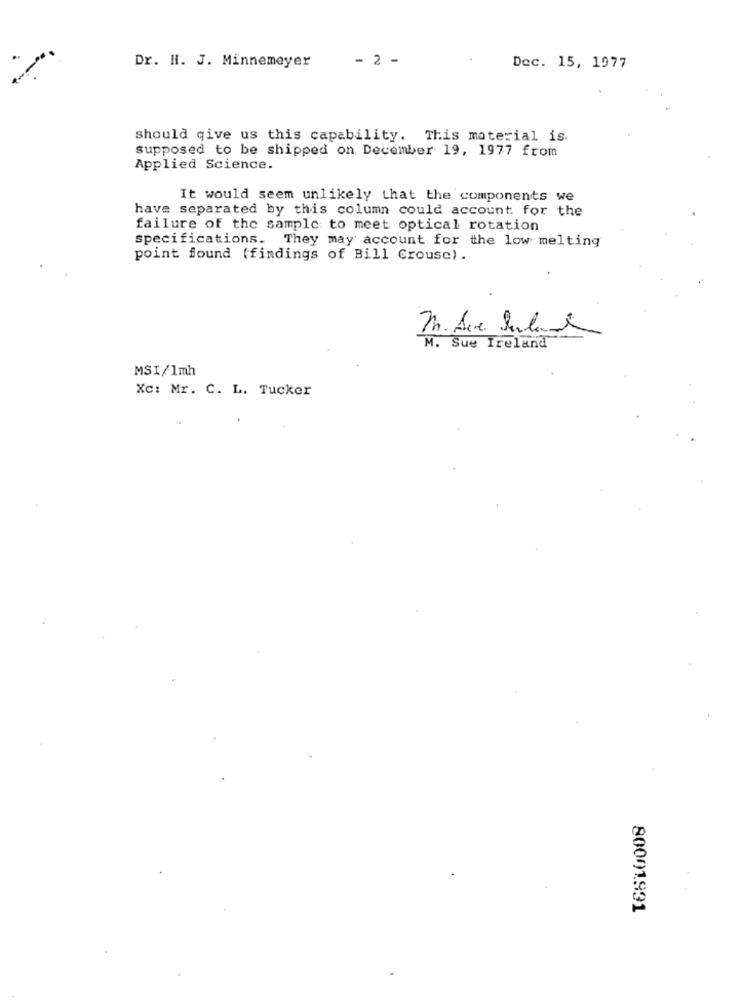
Dr. H. J. Minnemeyer
- 2 -
Dec. 15, 1977
should give us this capability. This material is.
supposed to be shipped on December 19, 1977 from
Applied Science.
It would seem unlikely that the components we
have separated by this column could account for the
failure of the sample to meet optical rotation
specifications. They may account for the low melting
point found (findings of Bill Crousc).
M. Ace Suland
M. Sue Ireland
MSI/1mh
Xc: Mr. C. L. Tucker
80001991